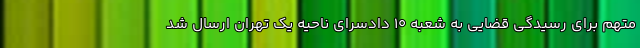
متهم برای رسیدگی قضایی به شعبه ۱۰ دادسرای ناحیه یک تهران ارسال شد